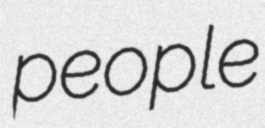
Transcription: people